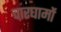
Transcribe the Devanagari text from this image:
चारघामों